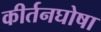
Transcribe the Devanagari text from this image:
कीर्तनघोषा